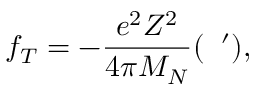
f _ { T } = - \frac { e ^ { 2 } Z ^ { 2 } } { 4 \pi M _ { N } } ( { \bf \epsilon } { \bf \epsilon } ^ { \prime } ) ,